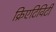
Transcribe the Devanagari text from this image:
क्रिएटिविटी